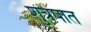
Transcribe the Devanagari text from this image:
शुत्रपात